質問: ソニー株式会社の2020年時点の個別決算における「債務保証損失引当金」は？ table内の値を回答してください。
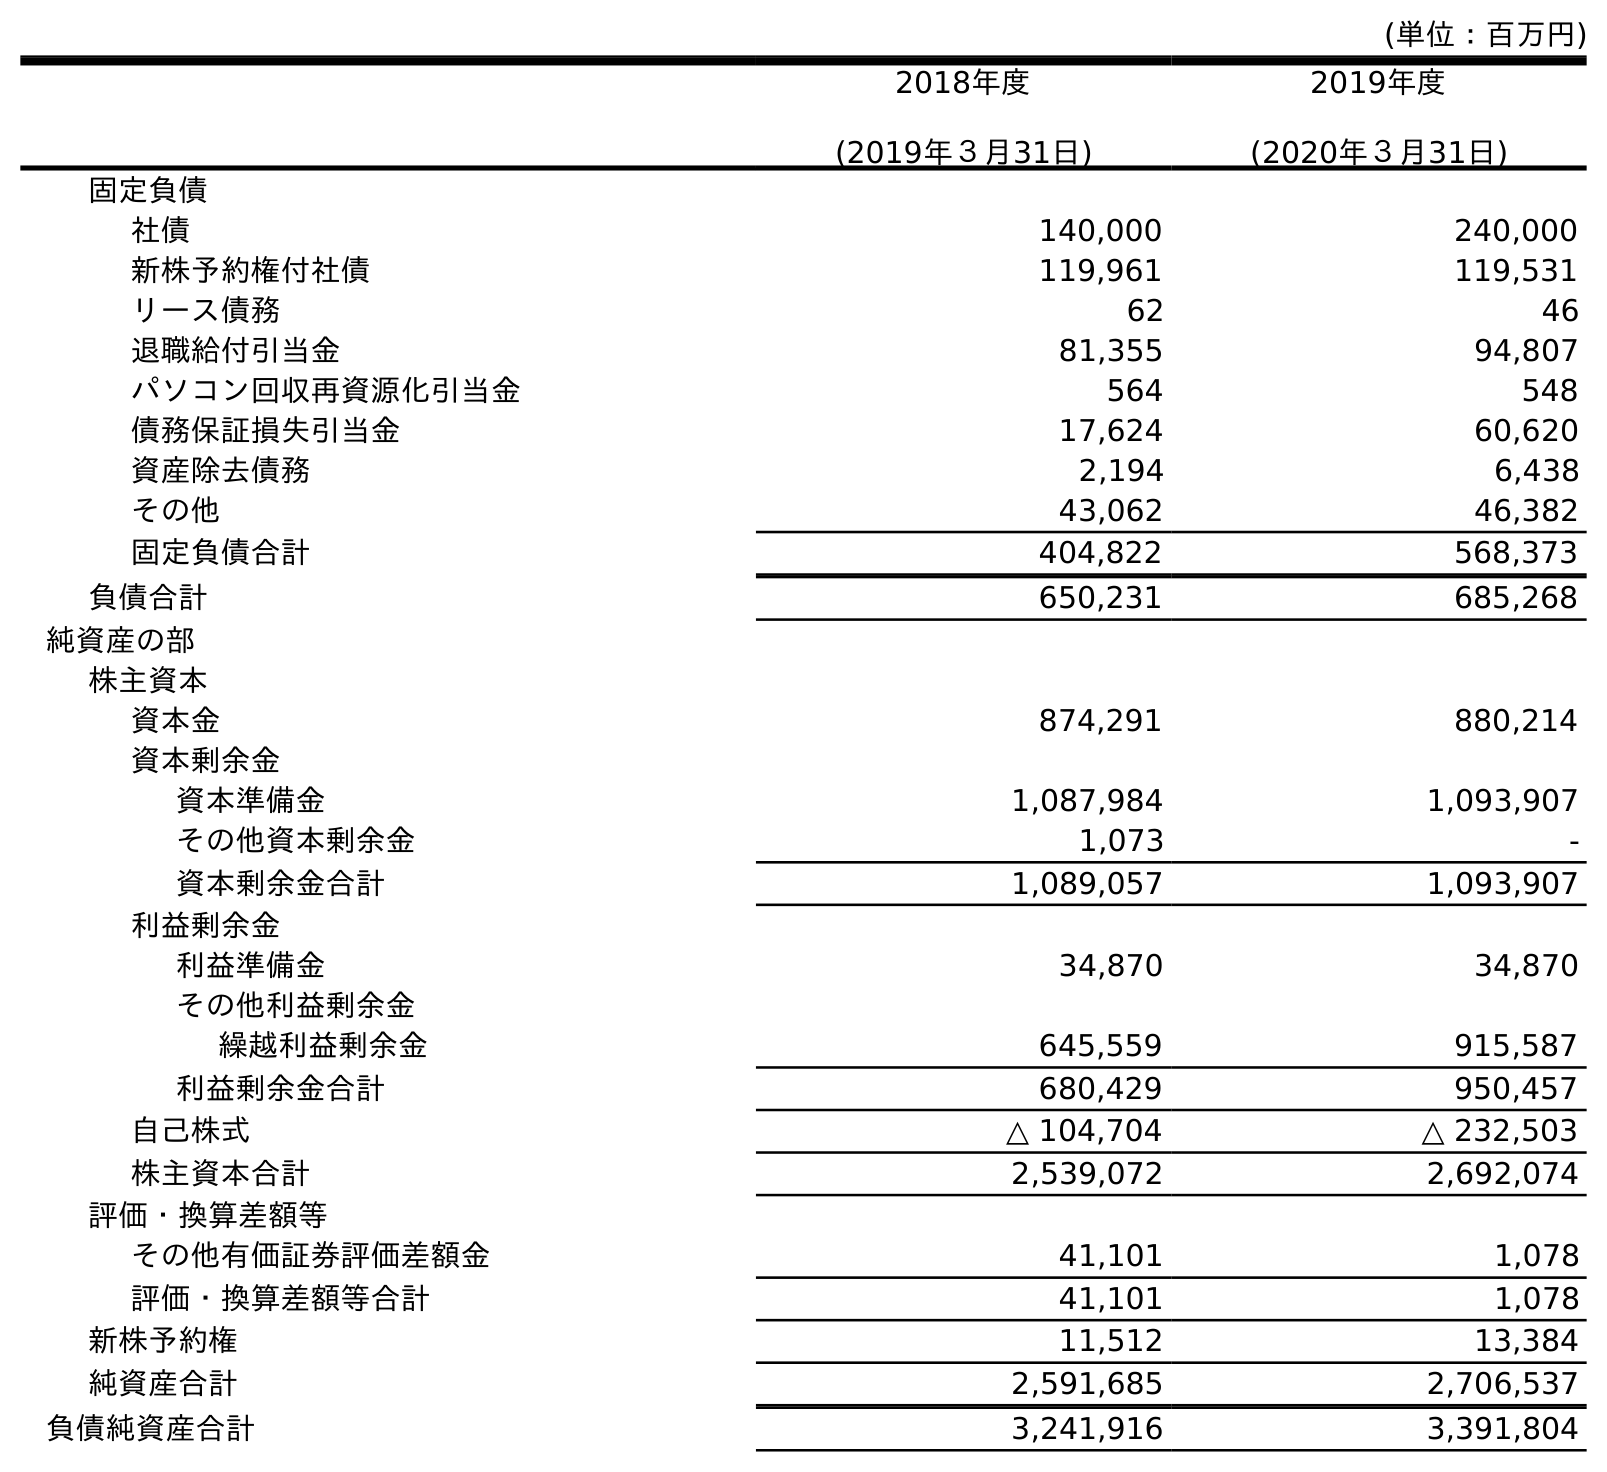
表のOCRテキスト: (単位：百万円) 2018年度 (2019年３月31日) 2019年度 (2020年３月31日) 固定負債 社債 140,000 240,000 新株予約権付社債 119,961 119,531 リース債務 62 46 退職給付引当金 81,355 94,807 パソコン回収再資源化引当金 564 548 債務保証損失引当金 17,624 60,620 資産除去債務 2,194 6,438 その他 43,062 46,382 固定負債合計 404,822 568,373 負債合計 650,231 685,268 純資産の部 株主資本 資本金 874,291 880,214 資本剰余金 資本準備金 1,087,984 1,093,907 その他資本剰余金 1,073 - 資本剰余金合計 1,089,057 1,093,907 利益剰余金 利益準備金 34,870 34,870 その他利益剰余金 繰越利益剰余金 645,559 915,587 利益剰余金合計 680,429 950,457 自己株式 △ 104,704 △ 232,503 株主資本合計 2,539,072 2,692,074 評価・換算差額等 その他有価証券評価差額金 41,101 1,078 評価・換算差額等合計 41,101 1,078 新株予約権 11,512 13,384 純資産合計 2,591,685 2,706,537 負債純資産合計 3,241,916 3,391,804
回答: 60,620